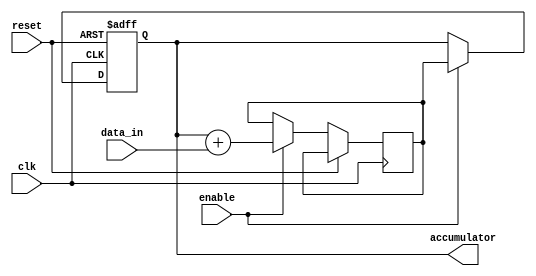
module fixed_point_accumulator (
    input [31:0] data_in,
    input enable,
    input clk,
    input reset,
    output reg [31:0] accumulator
);

reg [31:0] temp_accumulator;

always @(posedge clk or posedge reset) begin
    if (reset) begin
        accumulator <= 0;
    end else if (enable) begin
        temp_accumulator <= accumulator + data_in;
        accumulator <= temp_accumulator;
    end
end

endmodule